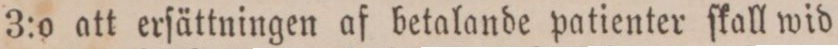
3:o att erſättningen af betalande patienter ſkall wid